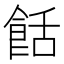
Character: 餂